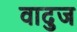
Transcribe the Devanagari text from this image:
वादुज